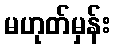
မဟုတ်မှန်း